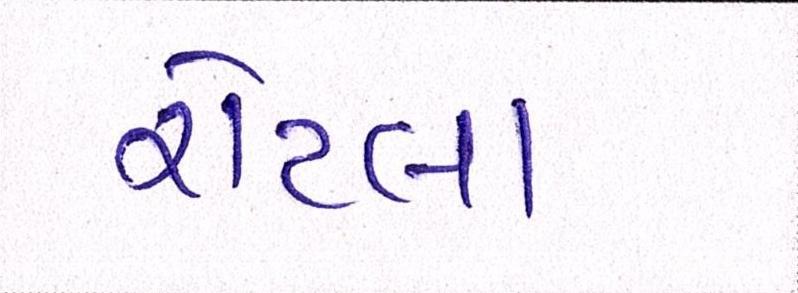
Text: રોટલા